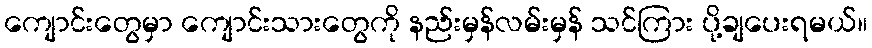
ကျောင်းတွေမှာ ကျောင်းသားတွေကို နည်းမှန်လမ်းမှန် သင်ကြား ပို့ချပေးရမယ်။